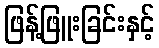
ဖြန့်ဖြူးခြင်းနှင့်